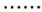
……